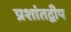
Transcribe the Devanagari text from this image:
प्रशांतद्वीप